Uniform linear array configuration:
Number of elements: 8
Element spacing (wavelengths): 1
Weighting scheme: cosine
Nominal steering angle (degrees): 60
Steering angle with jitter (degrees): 61.68
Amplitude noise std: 0.05
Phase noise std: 0.05

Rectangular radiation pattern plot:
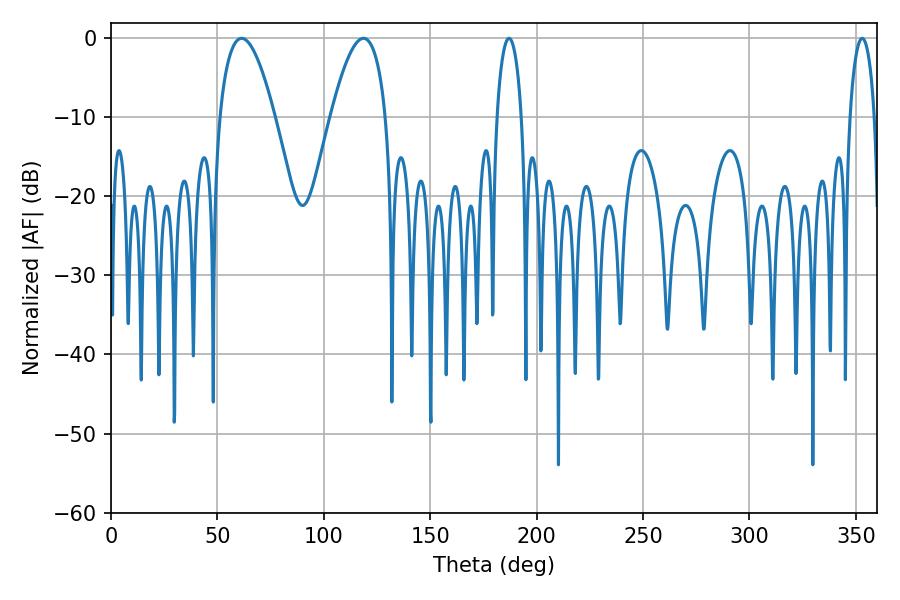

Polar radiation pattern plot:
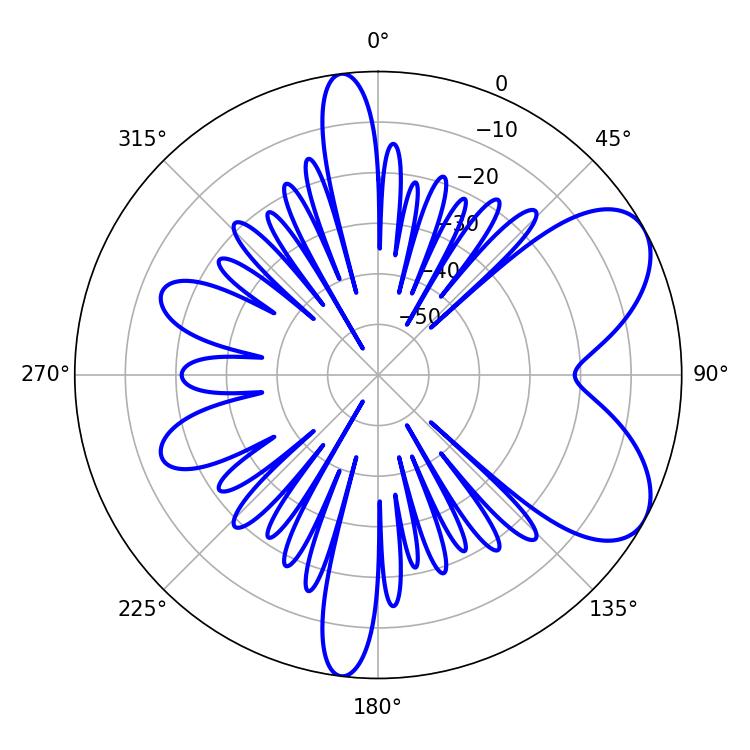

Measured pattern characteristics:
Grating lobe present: TRUE
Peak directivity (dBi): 6.663
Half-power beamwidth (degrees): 6.48
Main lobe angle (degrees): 187.02